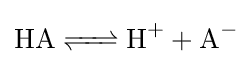
{\ce {HA <=> H+ + A-}}